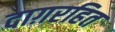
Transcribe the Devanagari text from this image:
दाग़रहित